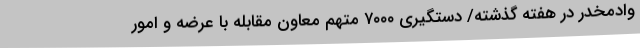
وادمخدر در هفته گذشته/ دستگیری ۷۰۰۰ متهم معاون مقابله با عرضه و امور